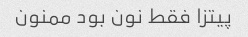
پیتزا فقط نون بود ممنون